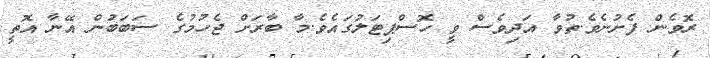
ރޮވެން ފެށުނެވެ.ތުވާ އަދިވެސް ވީ ހޮސްޕިޓަލުގައެވެ.މާ ބާރަށް ޖެހުމުގެ ސަބަބަުން އޭނާ އޮތީ